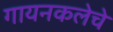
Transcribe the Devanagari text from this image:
गायनकलेचे